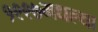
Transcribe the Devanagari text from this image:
१९९७मधल्या